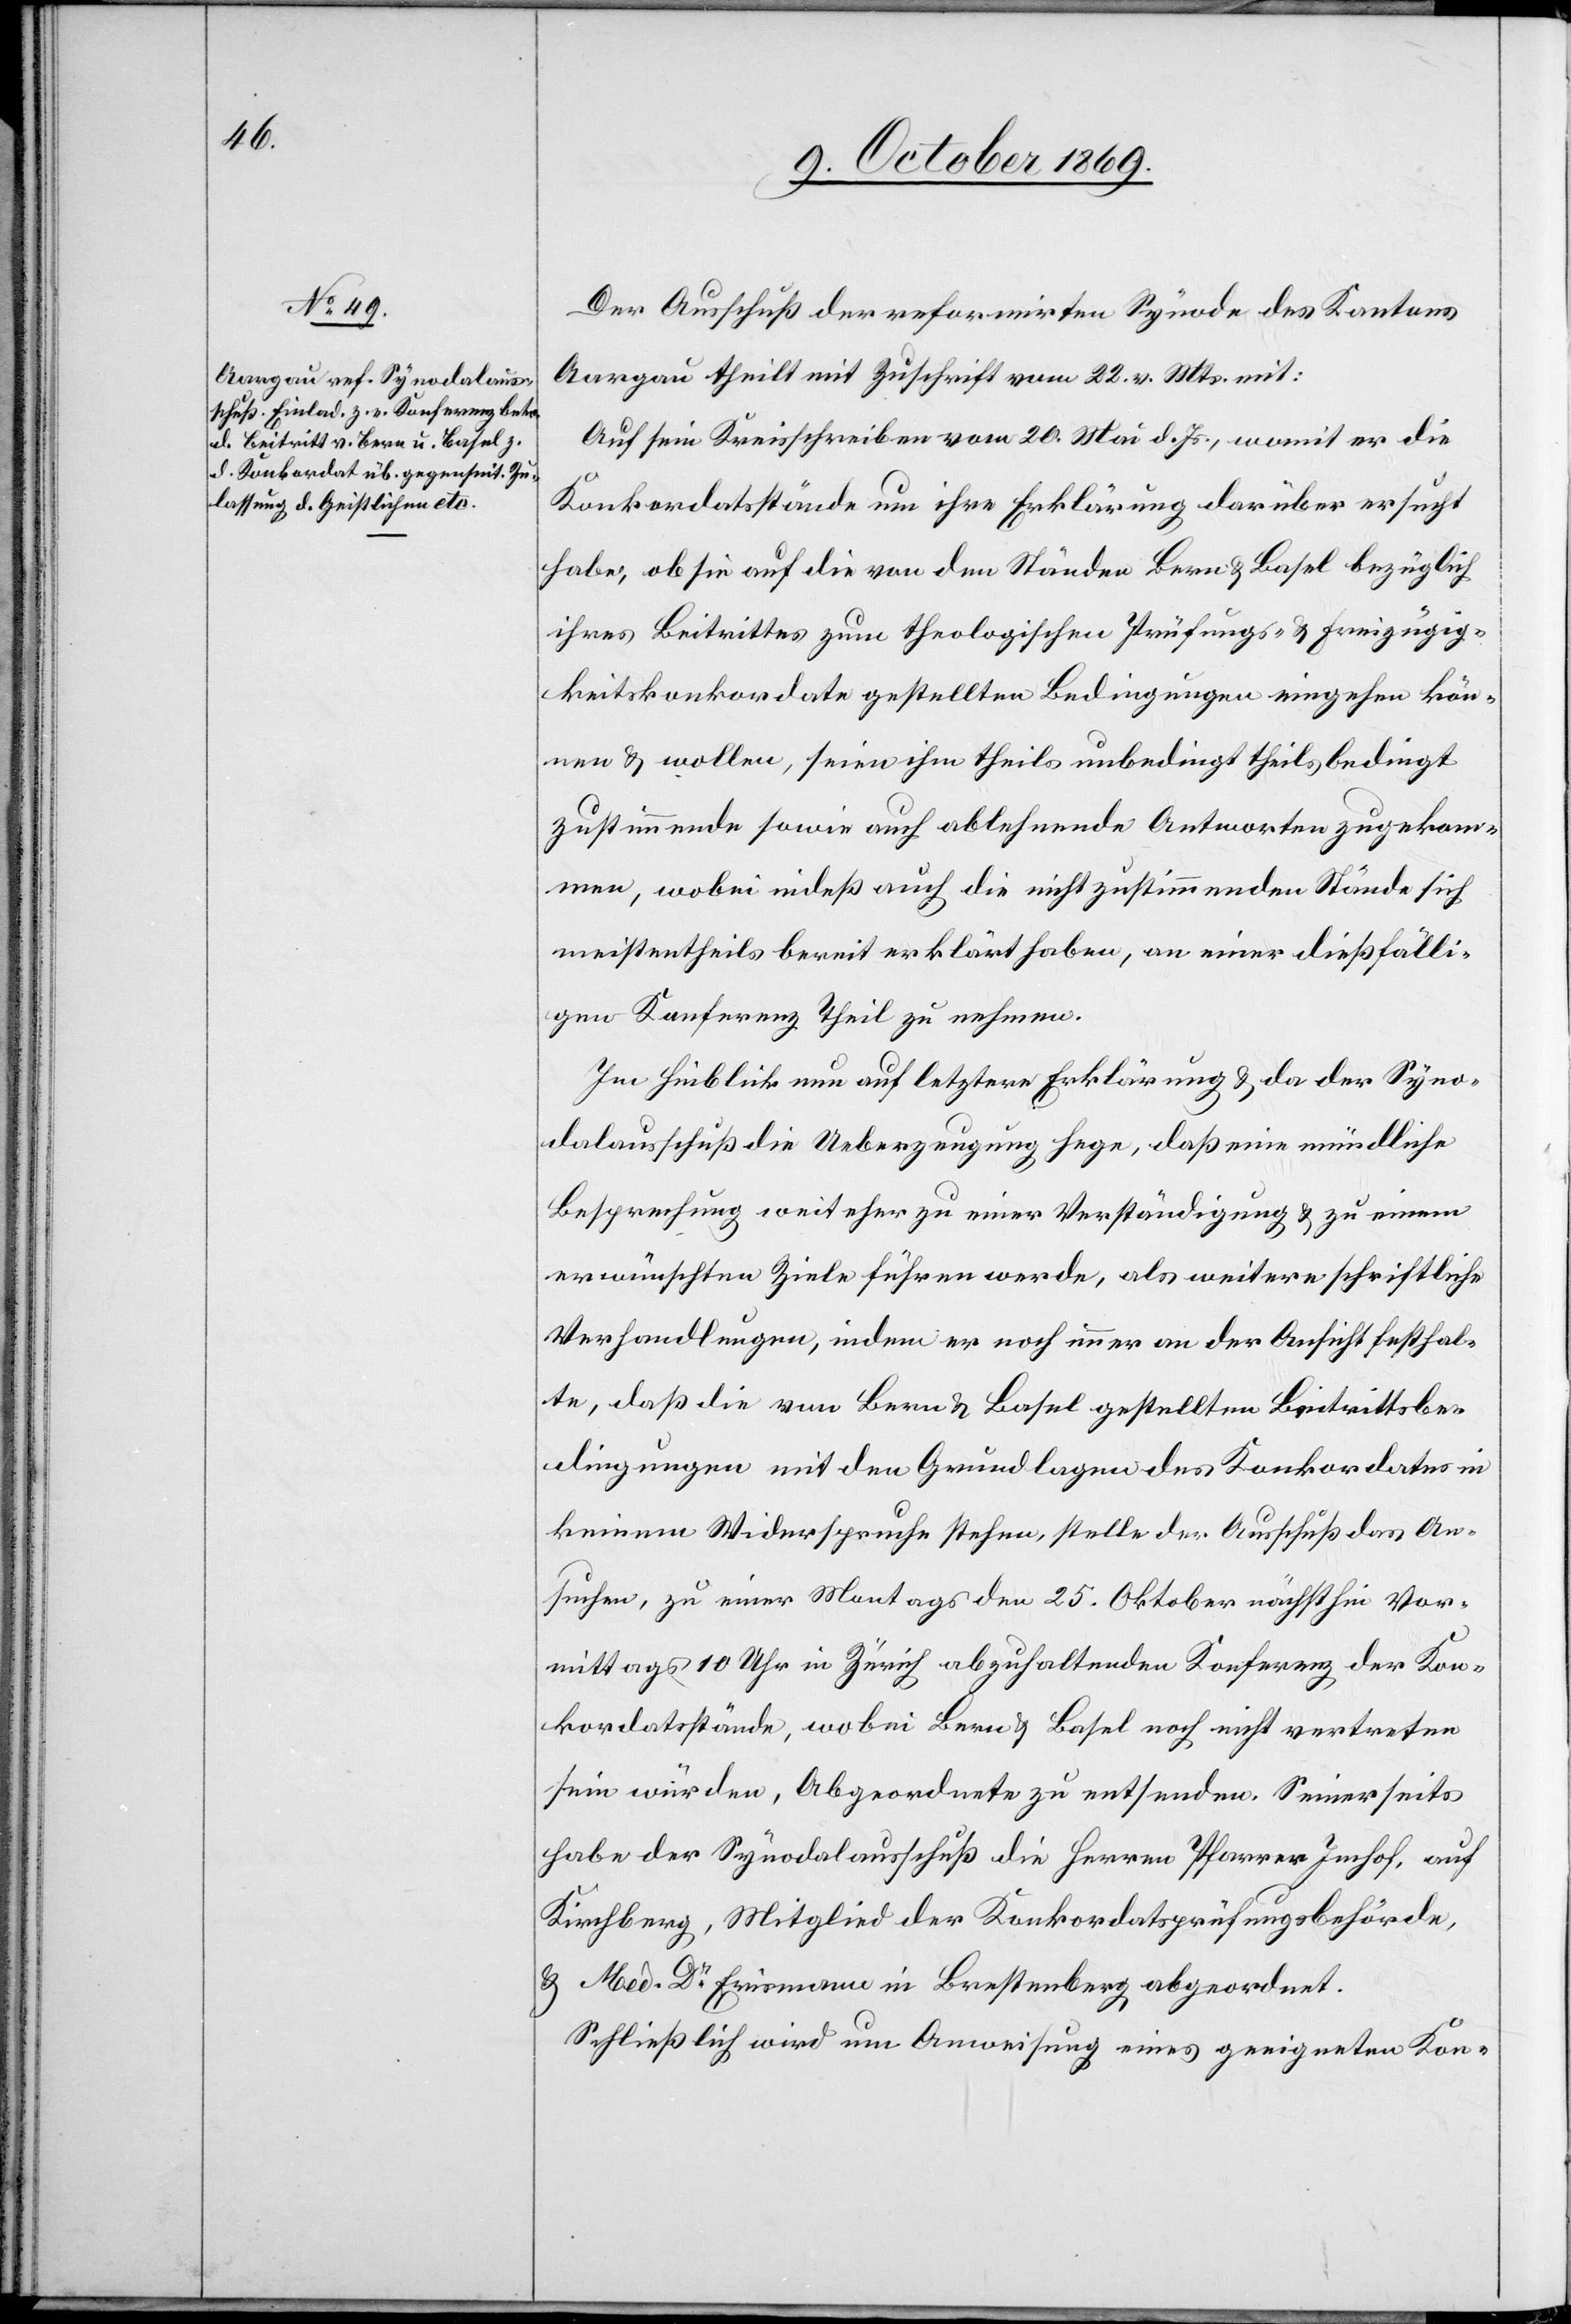
Der Ausschuß der reformirten Synode des Kantons
Aargau theilt mit Zuschrift vom 22. v. Mts. mit:
Auf sein Kreisschreiben vom 20. Mai d. Js., womit er die
Konkordatsstände um ihre Erklärung darüber ersucht
habe, ob sie auf die von den Ständen Bern & Basel bezüglich
ihres Beitrittes zum theologischen Prüfungs- & Freizügig¬
keitskonkordate gestellten Bedingungen eingehen kön¬
nen & wollen, seien ihm theils unbedingt theils bedingt
zustimmende sowie auch ablehnende Antworten zugekom¬
men, wobei indeß auch die nicht zustimmenden Stände sich
meistentheils bereit erklärt haben, an einer dießfälli¬
gen Konferenz Theil zu nehmen.
Im Hinblick nun auf letztere Erklärung & da der Syno¬
dalausschuß die Ueberzeugung hege, daß eine mündliche
Besprechung weit eher zu einer Verständigung & zu einem
erwünschten Ziele führen werde, als weitere schriftliche
Verhandlungen, indem er noch immer an der Ansicht festhal¬
te, daß die von Bern & Basel gestellten Beitrittsbe¬
dingungen mit den Grundlagen des Konkordates in
keinem Widerspruche stehen, stelle der Ausschuß das An¬
suchen, zu einer Montags den 25. Oktober nächsthin Vor¬
mittags 10 Uhr in Zürich abzuhaltenden Konferenz der Kon¬
kordatsstände, wobei Bern & Basel noch nicht vertreten
sein würden, Abgeordnete zu entsenden. Seinerseits
habe der Synodalausschuß die Herren Pfarrer Imhof, auf
Kirchberg, Mitglied der Konkordatsprüfungsbehörde,
& Med. Dr Erismann in Brestenberg abgeordnet.
Schließlich wird um Anweisung eines geeigneten Kon-